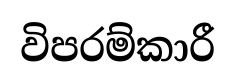
විපරම්කාරී